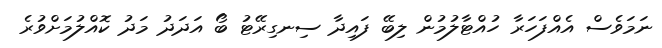
ނަމަވެސް އެއްފަހަރާ ހުއްޓާލުމުން ލިބޭ ފައިދާ ސިނގިރޭޓު ބޯ އަދަދު މަދު ކޮއްލުމަށްވުރެ